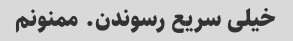
خیلی سریع رسوندن. ممنونم